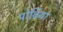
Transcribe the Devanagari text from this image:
पोबिया